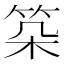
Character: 𥬲